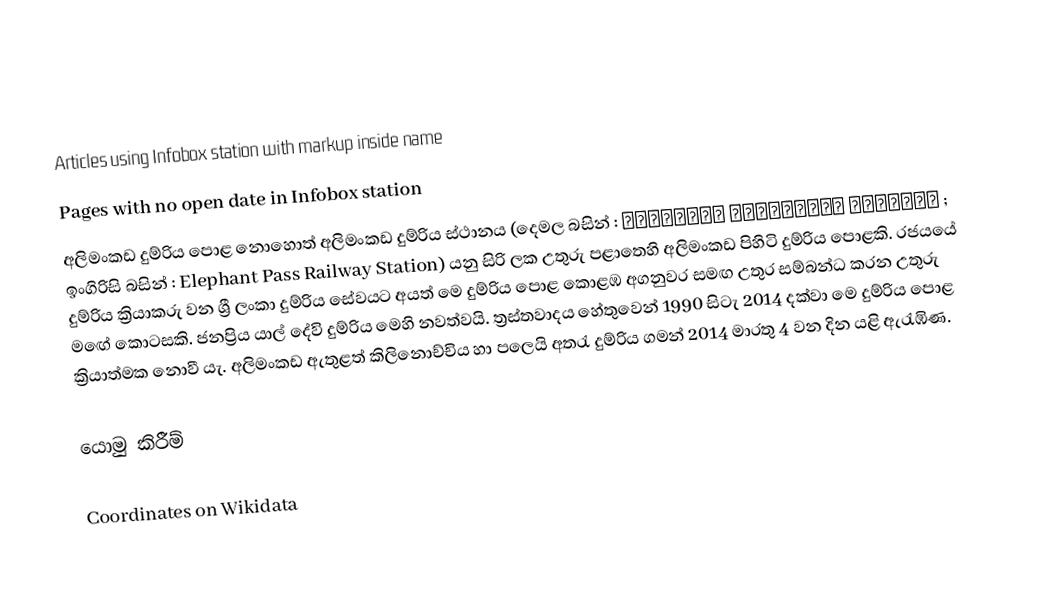
Articles using Infobox station with markup inside name
Pages with no open date in Infobox station
අලිමංකඩ දුම්රිය පොළ නොහොත් අලිමංකඩ දුම්රිය ස්ථානය (දෙමල බසින් : ஆனையிறவு தொடருந்து நிலையம் ; ඉංගිරිසි බසින් : Elephant Pass Railway Station) යනු සිරි ලක උතුරු පළාතෙහි අලිමංකඩ පිහිටි දුම්රිය පොළකි. රජයයේ දුම්රිය ක්‍රියාකරු වන ශ්‍රී ලංකා දුම්රිය සේවයට අයත් මෙ දුම්රිය පොළ කොළඹ අගනුවර සමඟ උතුර සම්බන්ධ කරන උතුරු මඟේ කොටසකි. ජනප්‍රිය යාල් දේවි දුම්රිය මෙහි නවත්වයි. ත්‍රස්තවාදය හේතුවෙන් 1990 සිටැ 2014 දක්වා මෙ දුම්රිය පොළ ක්‍රියාත්මක නොවී යැ. අලිමංකඩ ඇතුළත් කිලිනොච්චිය හා පලෙයි අතරැ දුම්රිය ගමන් 2014 මාරතු 4 වන දින යළි ඇරැඹිණ.

යොමු කිරීම්

Coordinates on Wikidata